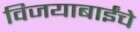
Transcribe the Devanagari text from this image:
विजयाबाईंचे